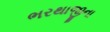
ભરથાજીના